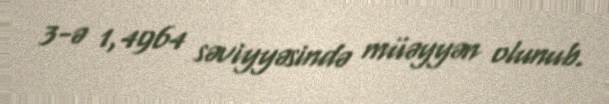
3-ə 1,4964 səviyyəsində müəyyən olunub.